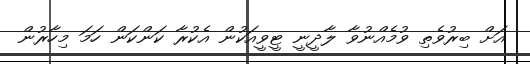
އަށް ބިރުވެތި ވުމެއްނުވާ ލާދީނީ ޓީވީއަކުން އެކުރާ ކަންކަން ހަމަ މިހާރުން